Lunatic asylums in Bengal annual reports 1912-1924 - 1912-1924
Year: 1912
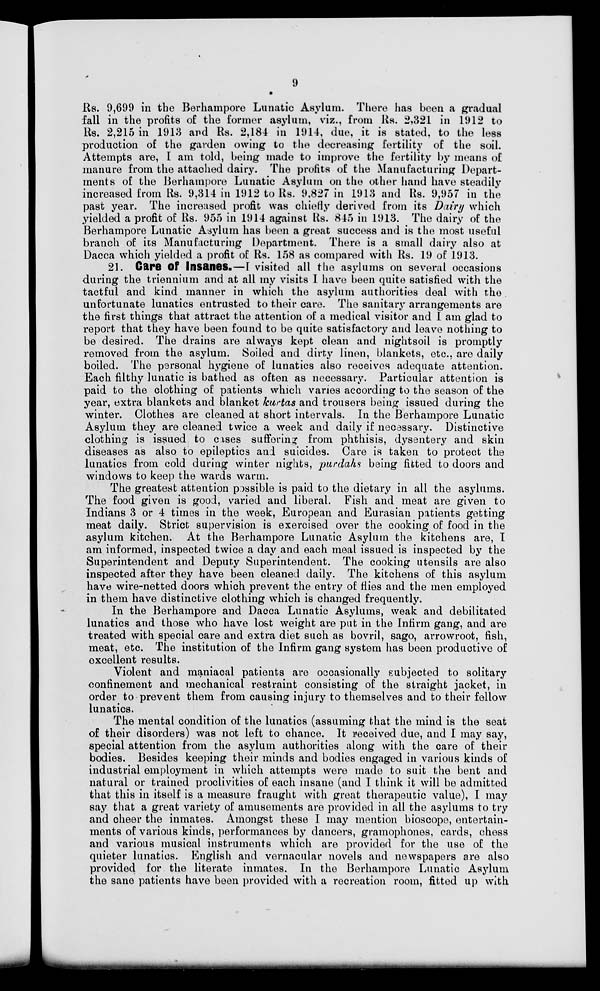
9
Rs. 9,699 in the Berhampore Lunatic Asylum. There has been a gradual
fall in the profits of the former asylum, viz., from Rs. 2,321 in 1912 to
Rs. 2,215 in 1913 and Rs. 2,184 in 1914, due, it is stated, to the less
production of the garden owing to the decreasing fertility of the soil.
Attempts are, I am told, being made to improve the fertility by means of
manure from the attached dairy. The profits of the Manufacturing Depart-
ments of the Berhampore Lunatic Asylum on the other hand have steadily
increased from Rs. 9,314 in 1912 to Rs. 9,827 in 1913 and Rs. 9,957 in the
past year. The increased profit was chiefly derived from its Dairy which
yielded a profit of Rs. 955 in 1914 against Rs. 845 in 1913. The dairy of the
Berhampore Lunatic Asylum has been a great success and is the most useful
branch of its Manufacturing Department. There is a small dairy also at
Dacca which yielded a profit of Rs. 158 as compared with Rs. 19 of 1913.
21. Care Of Insanes.—[ visited all the asylums on several occasions
during the triennium and at all my visits I have been quite satisfied with the
tactful and kind manner in which the asylum authorities deal with the
unfortunate lunatics entrusted to their care. The sanitary arrangements are
the first things that attract the attention of a medical visitor and I am glad to
report that they have been found to be quite satisfactory and leave nothing to
be desired. The drains are always kept clean and nightsoil is promptly
removed from the asylum. Soiled and dirty linen, blankets, etc., are daily
boiled. The personal hygiene of lunatics also receives adequate attention.
Each filthy lunatic is bathed as often as necessary. Particular attention is
paid to the clothing of patients which varies according to the season of the
year, extra blankets and blanket kurtas and trousers being issued during the
winter. Clothes are cleaned at short intervals. In the Berhampore Lunatic
Asylum they are cleaned twice a week and daily if necessary. Distinctive
clothing is issued to cases suffering from phthisis, dysentery and skin
diseases as also to epileptics and suicides. Care is taken to protect the
lunatics from cold during winter nights, purdahs being fitted to doors and
windows to keep the wards warm.
The greatest attention possible is paid to the dietary in all the asylums.
The food given is good, varied and liberal. Fish and meat are given to
Indians 3 or 4 times in the week, European and Eurasian patients getting
meat daily. Strict supervision is exercised over the cooking of food in the
asylum kitchen. At the Berhampore Lunatic Asylum the kitchens are, I
am informed, inspected twice a day and each meal issued is inspected by the
Superintendent and Deputy Superintendent. The cooking utensils are also
inspected after they have been cleaned daily. The kitchens of this asylum
have wire-netted doors which prevent the entry of flies and the men employed
in them have distinctive clothing which is changed frequently.
In the Berhampore and Dacca Lunatic Asylums, weak and debilitated
lunatics and those who have lost weight are put in the Infirm gang, and are
treated with special care and extra diet such as bovril, sago, arrowroot, fish,
meat, etc. The institution of the Infirm gang system has been productive of
excellent results.
Violent and maniacal patients are occasionally subjected to solitary
confinement and mechanical restraint consisting of the straight jacket, in
order to prevent them from causing injury to themselves and to their fellow
lunatics.
The mental condition of the lunatics (assuming that the mind is the seat
of their disorders) was not left to chance. It received due, and I may say,
special attention from the asylum authorities along with the care of their
bodies. Besides keeping their minds and bodies engaged in various kinds of
industrial employment in which attempts were made to suit the bent and
natural or trained proclivities of each insane (and I think it will be admitted
that this in itself is a measure fraught with great therapeutic value), I may
say that a great variety of amusements are provided in all the asylums to try
and cheer the inmates. Amongst these I may mention bioscope, entertain-
ments of various kinds, performances by dancers, gramophones, cards, chess
and various musical instruments which are provided for the use of the
quieter lunatics. English and vernacular novels and newspapers are also
provided for the literate inmates. In the Berhampore Lunatic Asylum
the sane patients have been provided with a recreation room, fitted up with